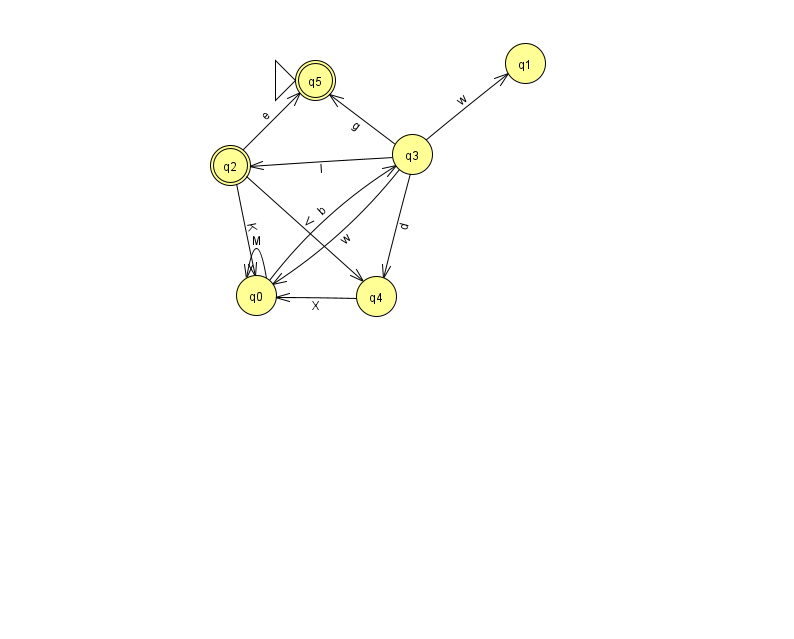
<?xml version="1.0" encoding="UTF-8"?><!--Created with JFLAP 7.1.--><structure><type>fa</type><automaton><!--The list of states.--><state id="0" name="q0"><x>256.0</x><y>282.0</y></state><state id="1" name="q1"><x>525.0</x><y>50.0</y></state><state id="2" name="q2"><x>230.0</x><y>152.0</y><final/></state><state id="3" name="q3"><x>412.0</x><y>141.0</y></state><state id="4" name="q4"><x>376.0</x><y>283.0</y></state><state id="5" name="q5"><x>315.0</x><y>67.0</y><initial/><final/></state><!--The list of transitions.--><transition><from>3</from><to>0</to><read>w</read></transition><transition><from>3</from><to>1</to><read>w</read></transition><transition><from>0</from><to>3</to><read>b</read></transition><transition><from>4</from><to>0</to><read>X</read></transition><transition><from>3</from><to>5</to><read>g</read></transition><transition><from>2</from><to>0</to><read>K</read></transition><transition><from>2</from><to>4</to><read>V</read></transition><transition><from>0</from><to>0</to><read>M</read></transition><transition><from>3</from><to>2</to><read>I</read></transition><transition><from>2</from><to>5</to><read>e</read></transition><transition><from>3</from><to>4</to><read>d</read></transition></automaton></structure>